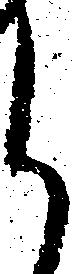
候